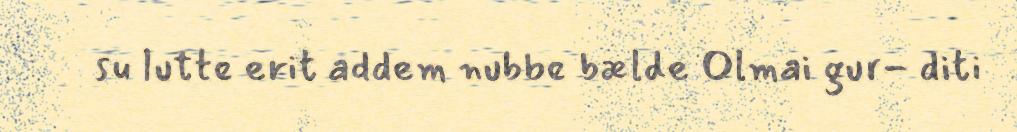
su lutte erit addem nubbe bælde Olmai gur- diti